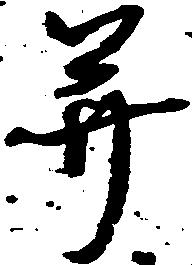
并